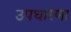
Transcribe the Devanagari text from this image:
उपधारणा